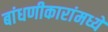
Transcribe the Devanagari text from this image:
बांधणीकारांमध्ये